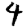
Digit: 4